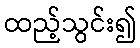
ထည့်သွင်း၍